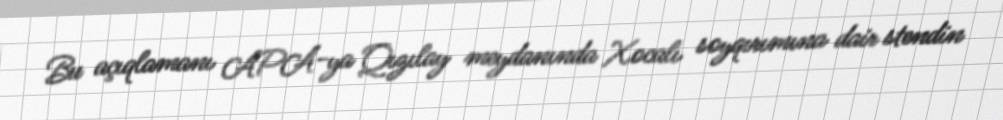
Bu açıqlamanı APA-ya Qızılay meydanında Xocalı soyqırımına dair stendin